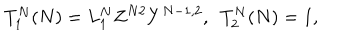
T _ { 1 } ^ { N } ( N ) = L _ { 1 } ^ { N } Z ^ { N 2 } Y ^ { N - 1 , 2 } , \ \ T _ { 2 } ^ { N } ( N ) = 1 ,